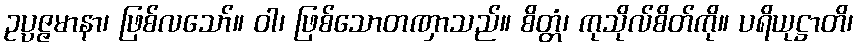
ဥပ္ပဇ္ဇမာနာ၊ ဖြစ်လသော်။ ဝါ၊ ဖြစ်သောတဏှာသည်။ စိတ္တံ၊ ကုသိုလ်စိတ်ကို။ ပရိယုဋ္ဌာတိ၊